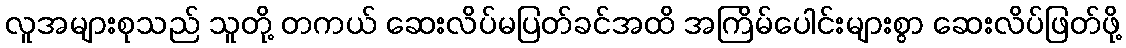
လူအများစုသည် သူတို့ တကယ် ဆေးလိပ်မပြတ်ခင်အထိ အကြိမ်ပေါင်းများစွာ ဆေးလိပ်ဖြတ်ဖို့